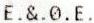
E.&.0.E.